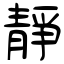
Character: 靜